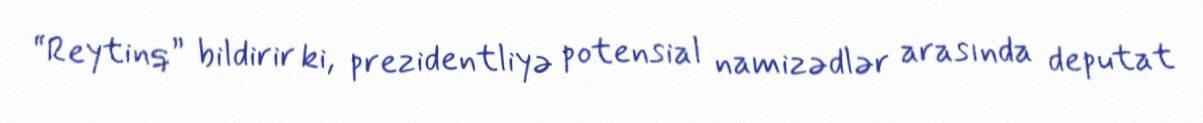
“Reytinq” bildirir ki, prezidentliyə potensial namizədlər arasında deputat